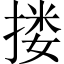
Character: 搂